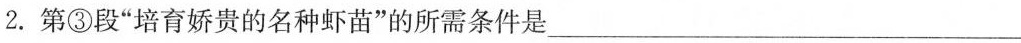
2.第③段”培育娇贵的名种虾苗”的所需条件是___